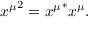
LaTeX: { x ^ { \mu } } ^ { 2 } = { x ^ { \mu } } ^ { * } x ^ { \mu } .